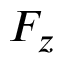
F _ { z }